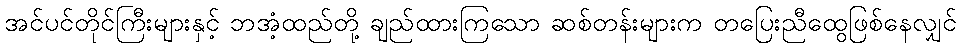
အင်ပင်တိုင်ကြီးများနှင့် ဘအံ့ထည်တို့ ချည်ထားကြသော ဆစ်တန်းများက တပြေးညီထွေဖြစ်နေလျှင်